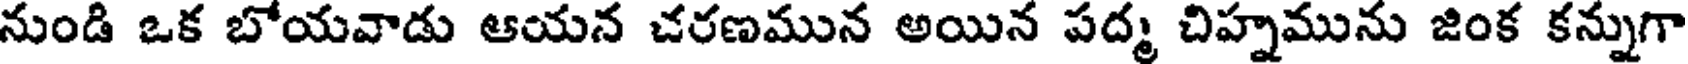
నుండి ఒక బోయవాడు ఆయన చరణమున అయిన పద్మ చిహ్నమును జింక కన్నుగా